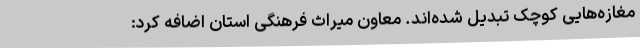
مغازه‌هایی کوچک تبدیل شده‌اند. معاون میراث فرهنگی استان اضافه کرد: